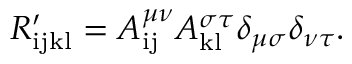
R _ { \mathrm { i j k l } } ^ { \prime } = A _ { \mathrm { i j } } ^ { \mu \nu } A _ { \mathrm { k l } } ^ { \sigma \tau } \delta _ { \mu \sigma } \delta _ { \nu \tau } .